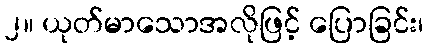
၂။ ယုတ်မာသောအလိုဖြင့် ပြောခြင်း၊